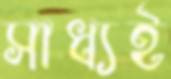
সাধ্যই